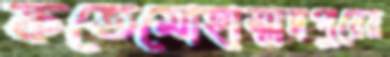
ফতেমোহাম্মদপুরের